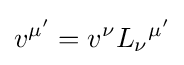
v^{\mu '}=v^{\nu }L_{\nu }{}^{\mu '}